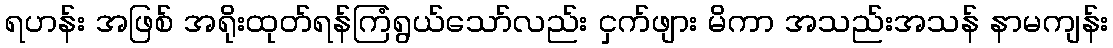
ရဟန်း အဖြစ် အရိုးထုတ်ရန်ကြံရွယ်သော်လည်း ငှက်ဖျား မိကာ အသည်းအသန် နာမကျန်း